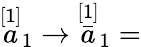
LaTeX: \stackrel{\lbrack 1]}{a}_{1}\rightarrow\stackrel{[1]}{\bar{a}}_{1}=